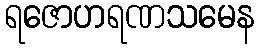
ရဇောဟရဏသမေန